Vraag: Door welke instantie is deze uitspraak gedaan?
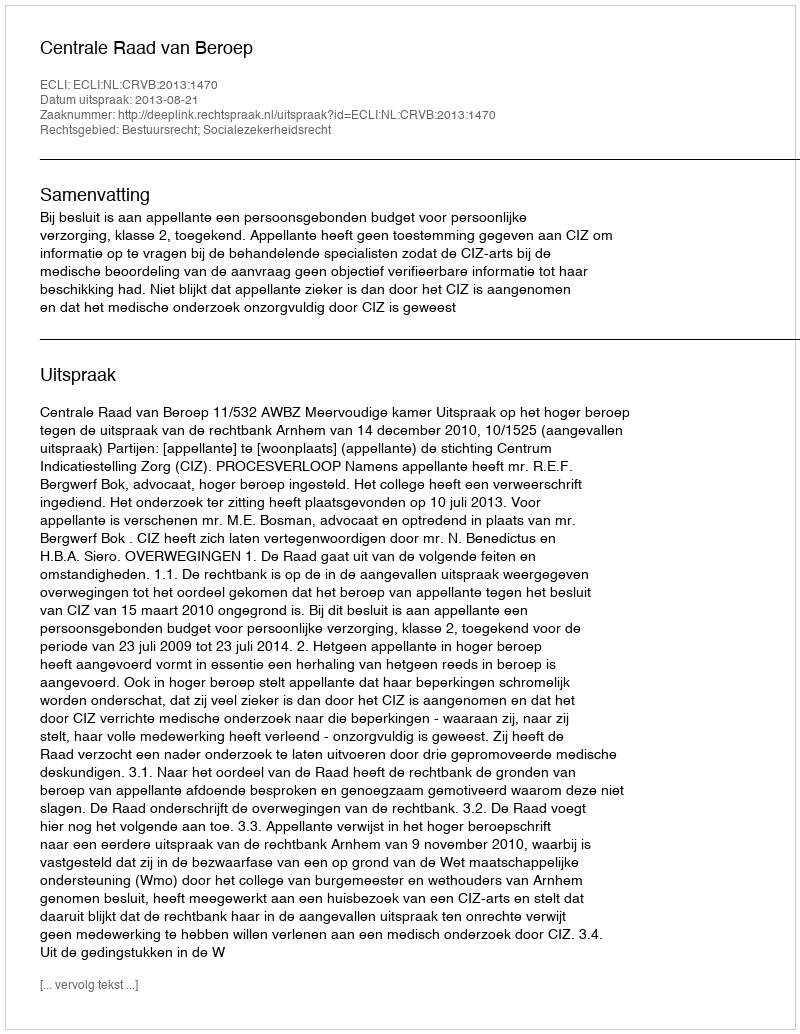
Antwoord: Centrale Raad van Beroep